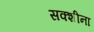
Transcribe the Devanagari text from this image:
सक्शीना